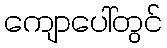
ကျောပေါ်တွင်